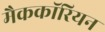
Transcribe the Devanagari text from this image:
मैककॉरियन